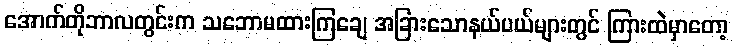
အောက်တိုဘာလတွင်းက သဘောမထားကြချေ အခြားသောနယ်ပယ်များတွင် ကြားထဲမှာတော့